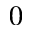
0